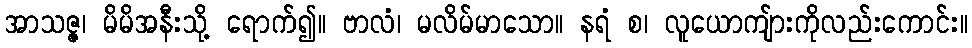
အာသဇ္ဇ၊ မိမိအနီးသို့ ရောက်၍။ ဗာလံ၊ မလိမ်မာသော။ နရံ စ၊ လူယောကျ်ားကိုလည်းကောင်း။